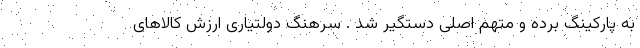
به پارکینگ برده و متهم اصلی دستگیر شد . سرهنگ دولتیاری ارزش کالاهای